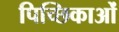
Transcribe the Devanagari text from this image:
पिच्छिकाओं